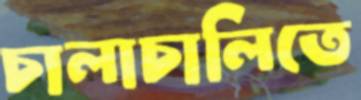
চালাচালিতে